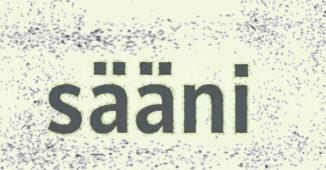
sääni